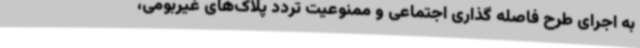
به اجرای طرح فاصله گذاری اجتماعی و ممنوعیت تردد پلاک‌های غیربومی،